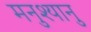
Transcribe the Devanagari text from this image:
मनुश्यानु